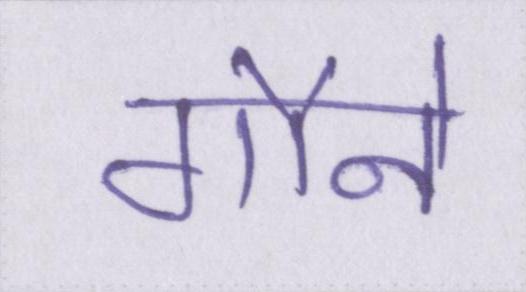
गौने